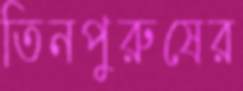
তিনপুরুষের